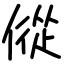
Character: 傱